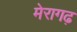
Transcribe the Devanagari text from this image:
मेरागढ़